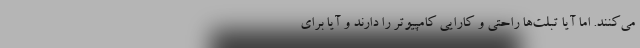
می‌کنند. اما آیا تبلت‌ها راحتی و کارایی کامپیوتر را دارند و آیا برای